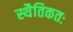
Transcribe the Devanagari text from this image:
स्थैतिकतः